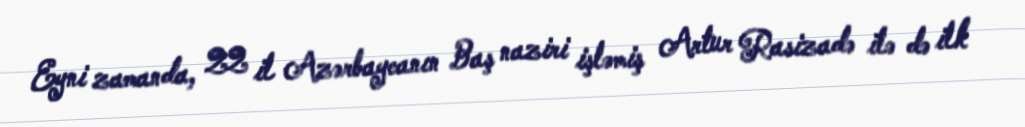
Eyni zamanda, 22 il Azərbaycanın Baş naziri işləmiş Artur Rasizadə ilə də ilk